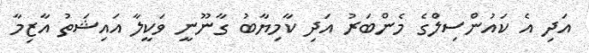
އަދި އެ ކައުންސިލްގެ މެންބަރު އަދި ކާމިޔާބު ގާނޫނީ ވަކީލާ އައިޝަތު އާޒިމާ